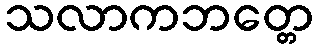
သလာကဘတ္တေ